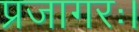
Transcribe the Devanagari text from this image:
प्रजागरः।